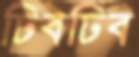
ঢিবঢিব